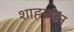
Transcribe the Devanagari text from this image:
शाहजान